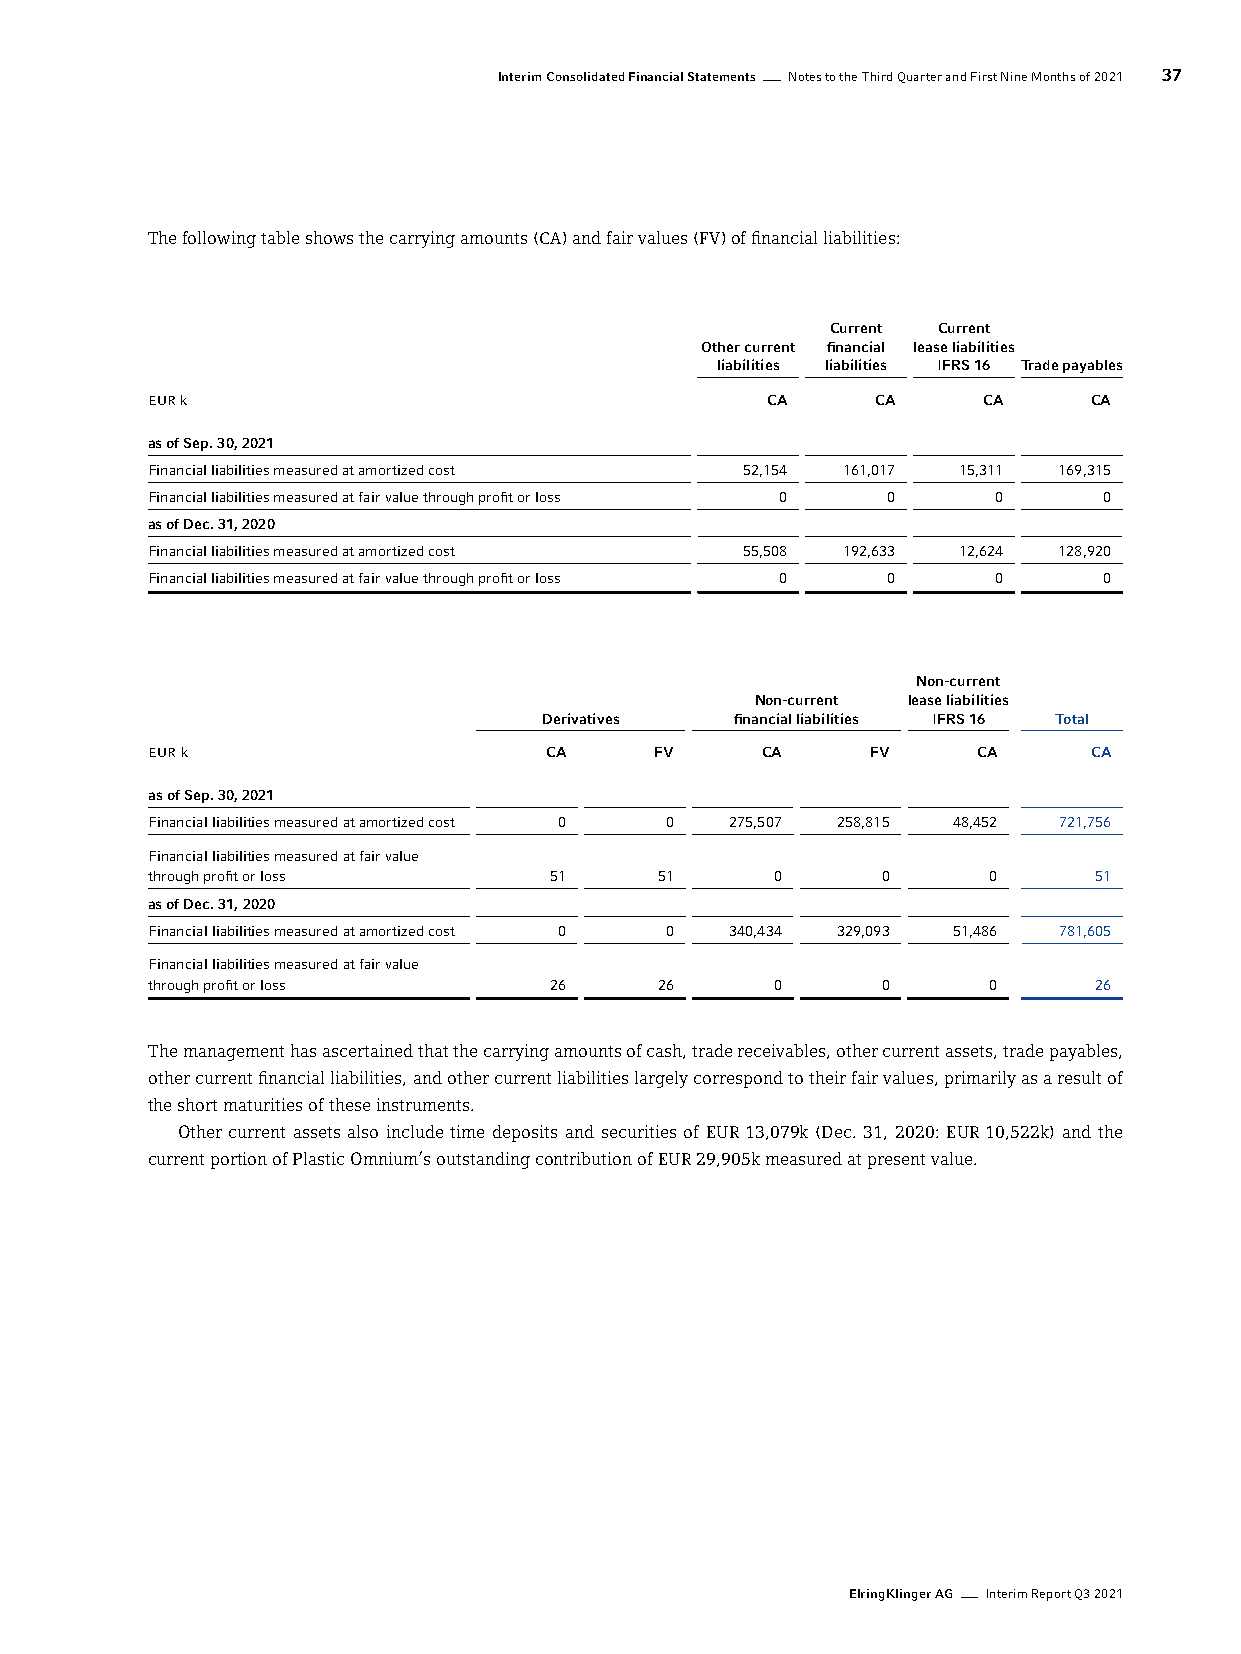
Interim Consolidated Financial Statements Notes to the Third Quarter and First Nine Months of 2021 37
 The following table shows the carrying amounts (CA) and fair values (FV) of financial liabilities:
 Current Current
 Other current financial lease liabilities
 liabilities liabilities IFRS 16 Trade payables
 EUR k                                    CA     CA     CA     CA
 as of Sep. 30, 2021
 Financial liabilities measured at amortized cost 52,154 161,017 15,311 169,315
 Financial liabilities measured at fair value through profit or loss 0 0 0 0
 as of Dec. 31, 2020
 Financial liabilities measured at amortized cost 55,508 192,633 12,624 128,920
 Financial liabilities measured at fair value through profit or loss 0 0 0 0
 Non-current
 Non-current lease liabilities
 Derivatives  financial liabilities IFRS 16 Total
 EUR k                     CA     FV     CA      FV     CA     CA
 as of Sep. 30, 2021
 Financial liabilities measured at amortized cost 0 0 275,507 258,815 48,452 721,756
 Financial liabilities measured at fair value
 through profit or loss    51      51     0      0      0      51
 as of Dec. 31, 2020
 Financial liabilities measured at amortized cost 0 0 340,434 329,093 51,486 781,605
 Financial liabilities measured at fair value
 through profit or loss    26      26     0      0      0      26
 The management has ascertained that the carrying amounts of cash, trade receivables, other current assets, trade payables,
 other current financial liabilities, and other current liabilities largely correspond to their fair values, primarily as a result of
 the short maturities of these instruments.
 Other current assets also include time deposits and securities of EUR 13,079k (Dec. 31, 2020: EUR 10,522k) and the
 current portion of Plastic Omnium’s outstanding contribution of EUR 29,905k measured at present value.
 ElringKlinger AG Interim Report Q3 2021